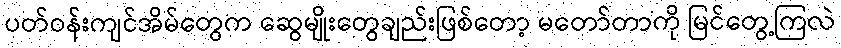
ပတ်ဝန်းကျင်အိမ်တွေက ဆွေမျိုးတွေချည်းဖြစ်တော့ မတော်တာကို မြင်တွေ့ကြလဲ